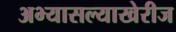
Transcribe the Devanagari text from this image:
अभ्यासल्याखेरीज